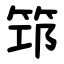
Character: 筇